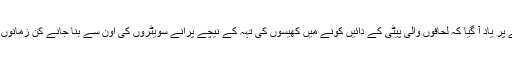
دماغ پر تھوڑا زور دینے پر یاد آ گیا کہ لحافوں والی پیٹی کے دائیں کونے میں کھیسوں کی تہہ کے نیچے پرانے سویٹروں کی اون سے بنا جانے کن زمانوں کا کمبل دہرا ہوا پڑا ہے۔